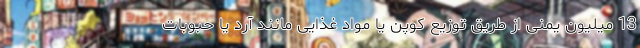
13 میلیون یمنی از طریق توزیع کوپن یا مواد غذایی مانند آرد یا حبوبات